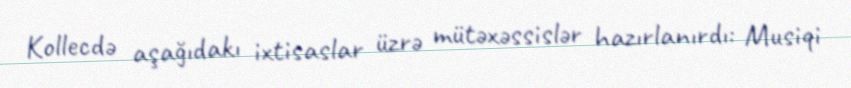
Kollecdə aşağıdakı ixtisaslar üzrə mütəxəssislər hazırlanırdı: Musiqi